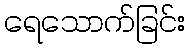
ရေသောက်ခြင်း